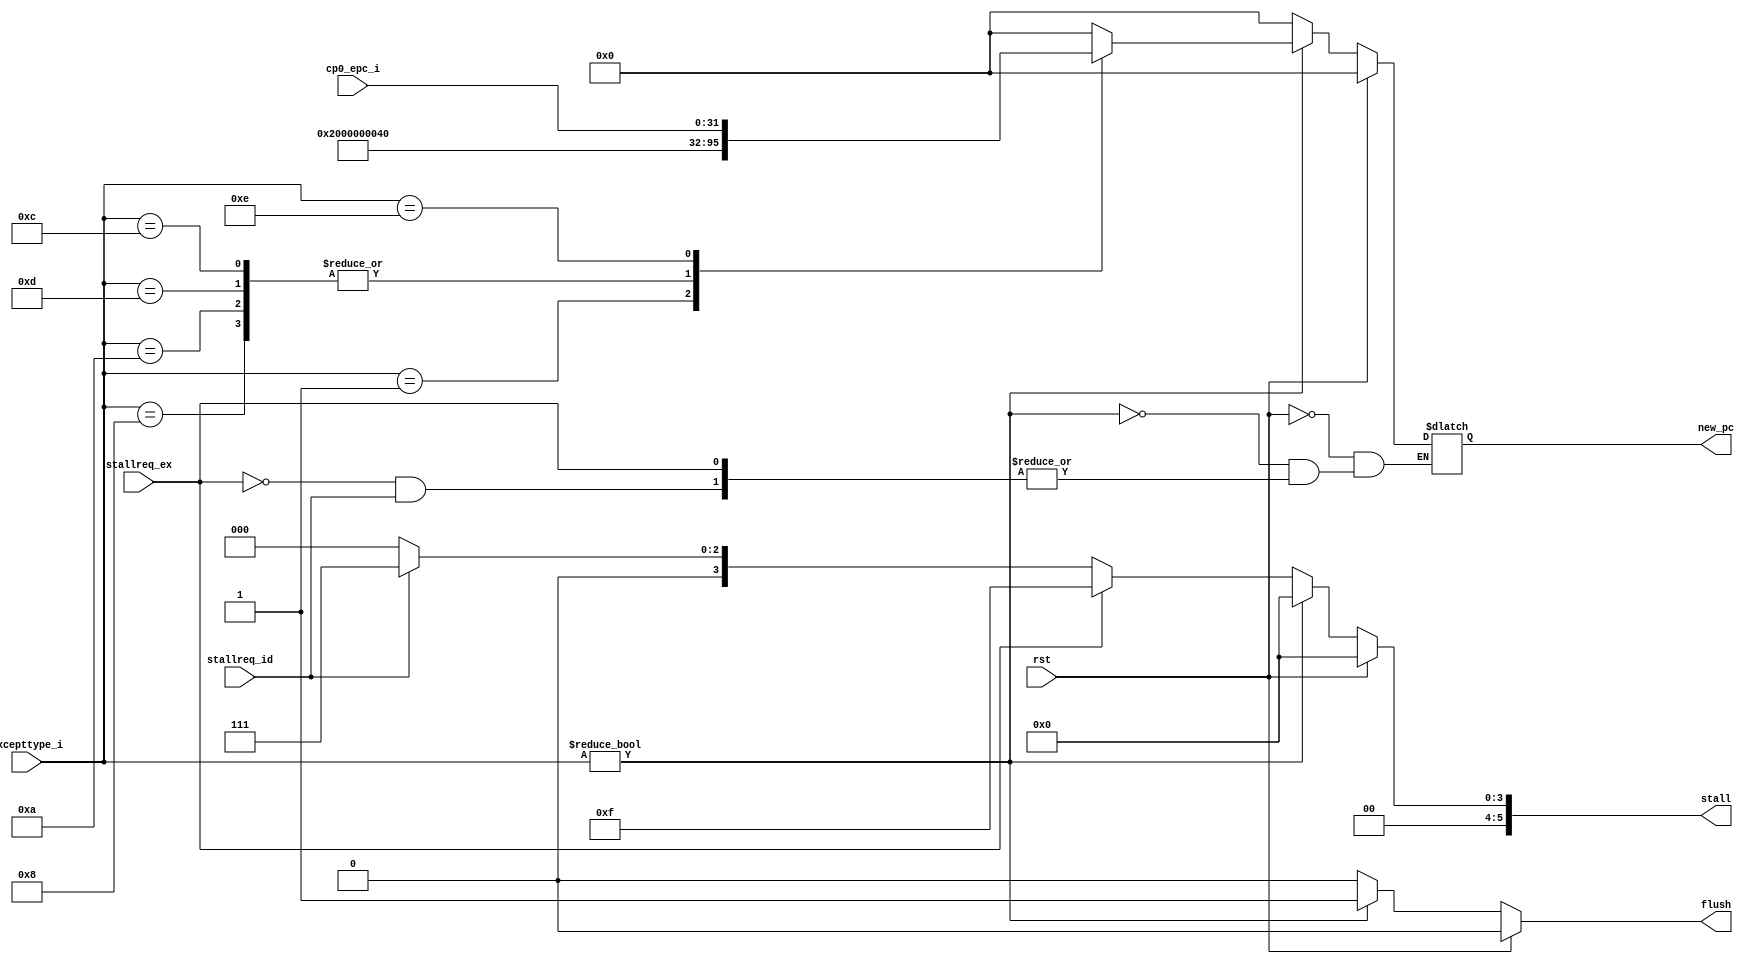
`timescale 1ns / 1ps
//////////////////////////////////////////////////////////////////////////////////
// Company: 
// Engineer: 
// 
// Design Name: 
// Module Name:    ctrl 
// Project Name: 
// Target Devices: 
// Tool versions: 
// Description: 
//
// Dependencies: 
//
// Revision: 
// Revision 0.01 - File Created
// Additional Comments: 
//
//////////////////////////////////////////////////////////////////////////////////
module ctrl(
    input rst,
    input stallreq_id,
    input stallreq_ex,
	 
	 input [31:0] excepttype_i,
	 input [31:0] cp0_epc_i,
	 
	 output reg[31:0] new_pc,
	 output reg flush,
	 
    output reg [5:0] stall
    );
always@(*) begin
    if(rst == 1) begin
	     stall <= 6'b000000;
		  flush <= 1'b0;
		  new_pc <= 32'h00000000;
		  end
	 else if(excepttype_i != 32'h00000000) begin 
	     flush <= 1'b1;
		  stall <= 6'b000000;
		  new_pc <= 32'h00000000;
		  case(excepttype_i)
		      32'h00000001: begin
				    new_pc <= 32'h00000020;
					 end
				32'h00000008: begin
				    new_pc <= 32'h00000040;
					 end
			   32'h0000000a: begin
				    new_pc <= 32'h00000040;
					 end
				32'h0000000d: begin 
				    new_pc <= 32'h00000040;
					 end
			   32'h0000000c: begin
				    new_pc <= 32'h00000040;
					 end
			   32'h0000000e: begin
				    new_pc <= cp0_epc_i;
					 end
				default : begin
				    end
				endcase 
		end			 
	 else if(stallreq_ex == 1)begin
	     stall <= 6'b001111;
		  flush <= 1'b0;
		  end
	 else if(stallreq_id == 1)begin
	     stall <= 6'b000111;
		  flush <= 1'b0;
	     end 
	else begin
	     stall <= 6'b000000;
		  flush <= 1'b0;
		  new_pc <= 32'h00000000;
		  end
end


endmodule